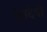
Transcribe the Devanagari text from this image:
देवदेवो